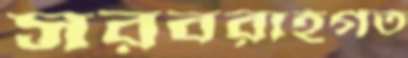
সরবরাহগত